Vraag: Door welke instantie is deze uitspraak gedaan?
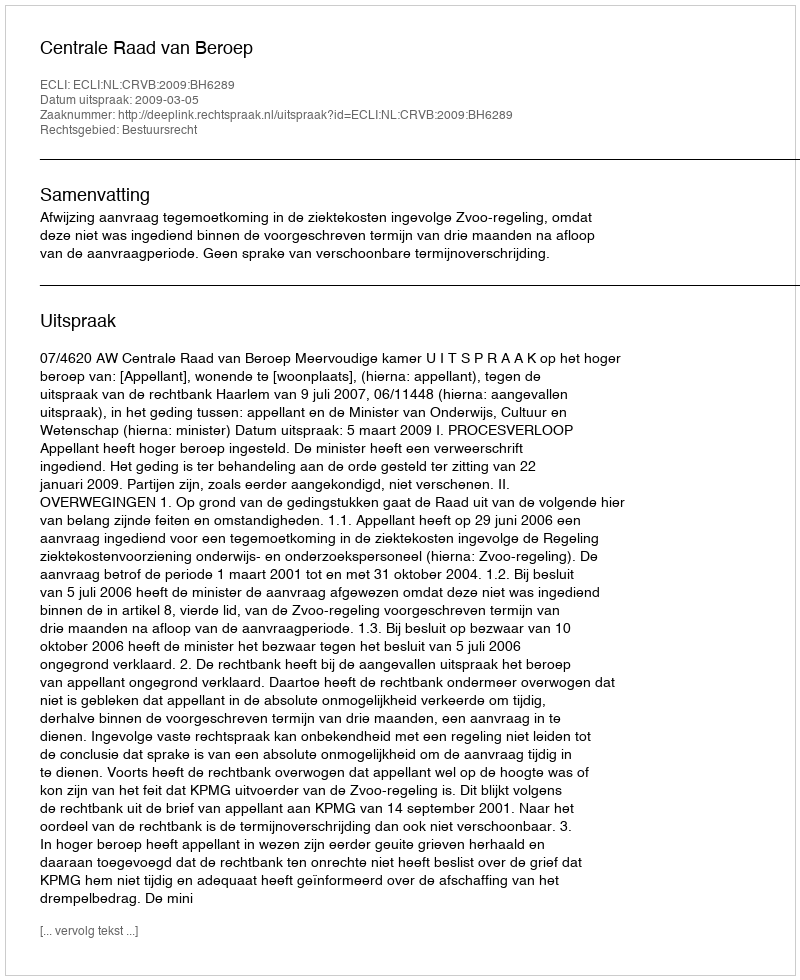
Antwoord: Centrale Raad van Beroep